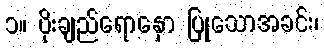
၁။ ပိုးချည်ရောနှော ပြုသောအခင်း၊